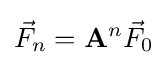
{\vec {F}}_{n}=\mathbf {A} ^{n}{\vec {F}}_{0}